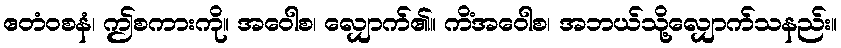
ဧတံဝစနံ၊ ဤစကားကို။ အဝေါစ၊ လျှောက်၏။ ကိံအဝေါစ၊ အဘယ်သို့လျှောက်သနည်း။